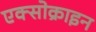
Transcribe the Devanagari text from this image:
एक्सोक्राइन